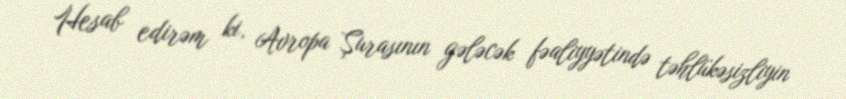
Hesab edirəm ki, Avropa Şurasının gələcək fəaliyyətində təhlükəsizliyin